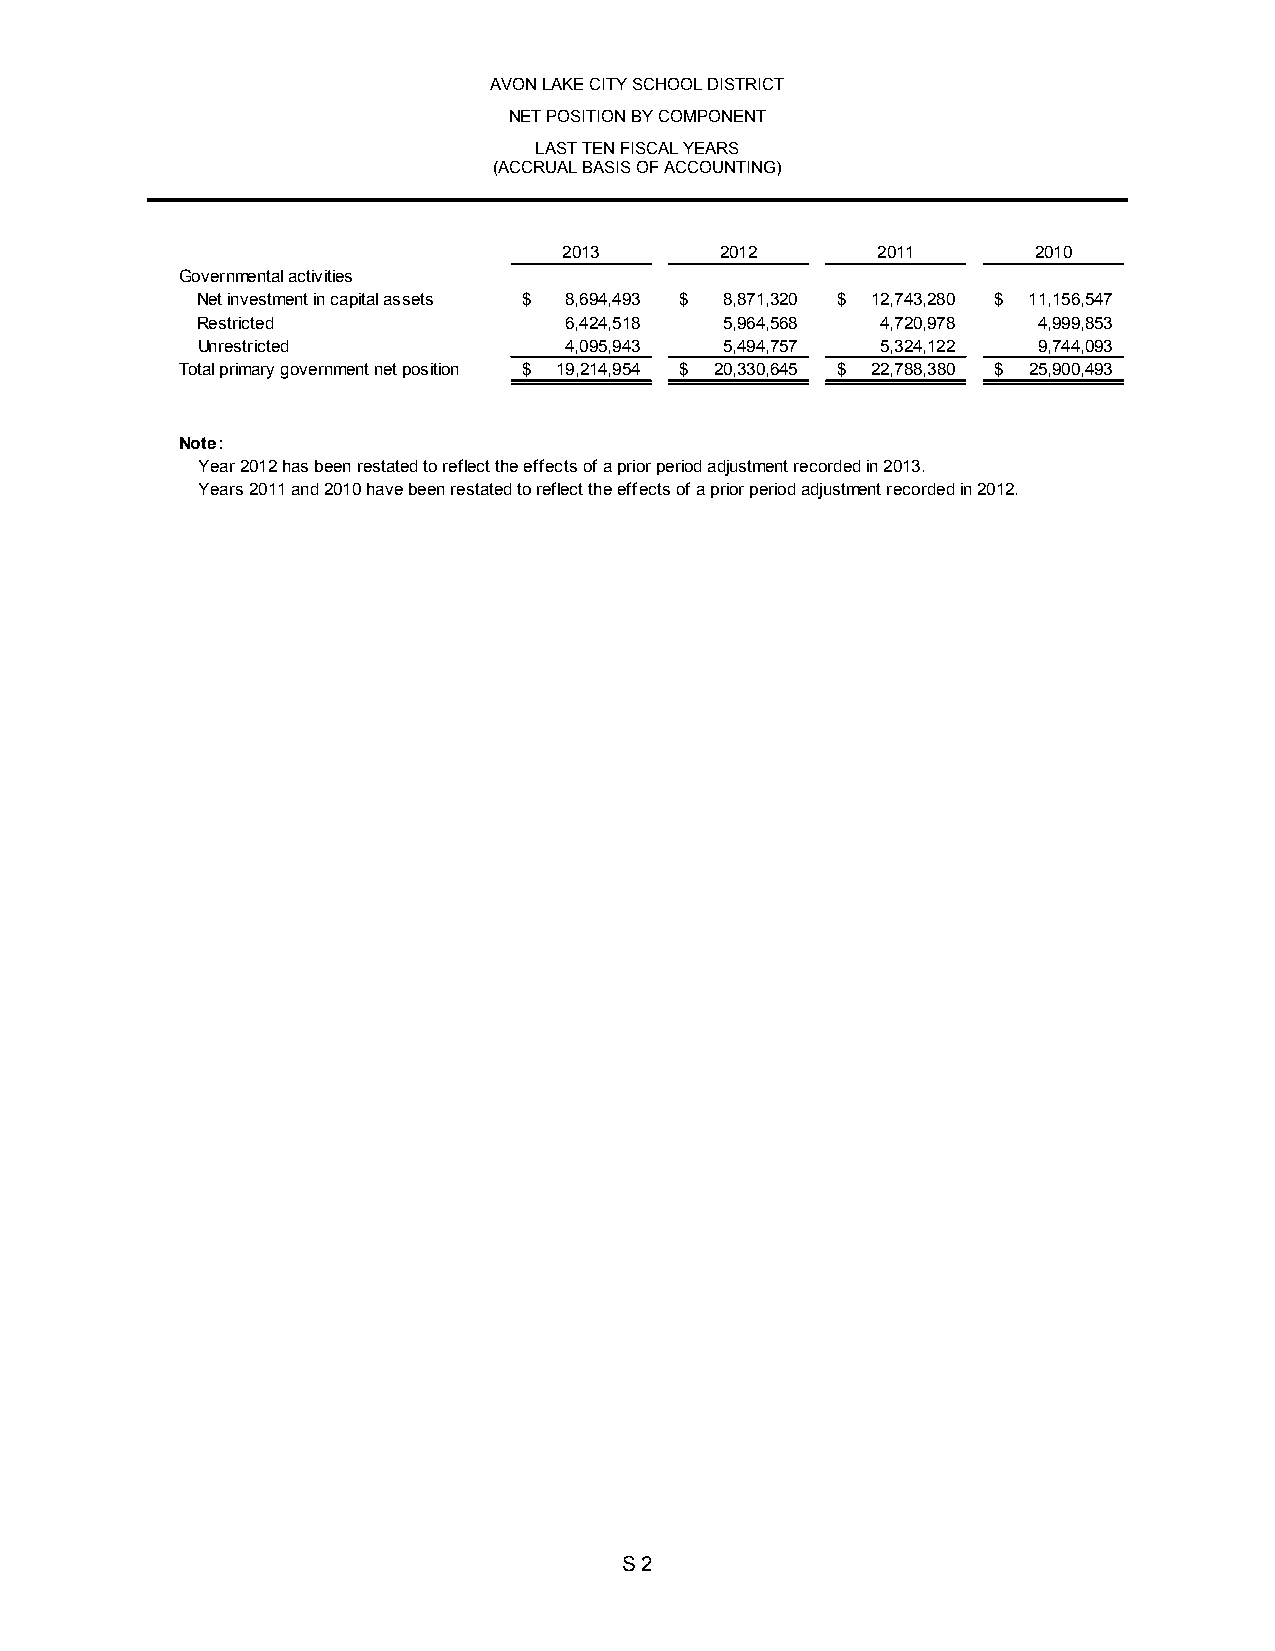
AVON LAKE CITY SCHOOL DISTRICT
 NET POSITION BY COMPONENT
 LAST TEN FISCAL YEARS
 (ACCRUAL BASIS OF ACCOUNTING)
 2013       2012      2011       2010
 Governmental activities
 Net investment in capital assets $ 8,694,493 $ 8,871,320 $ 12,743,280 $ 11,156,547
 Restricted              6,424,518  5,964,568 4,720,978  4,999,853
 Unrestricted            4,095,943  5,494,757 5,324,122  9,744,093
 Total primary government net position $ 19,214,954 $ 20,330,645 $ 22,788,380 $ 25,900,493
 Note:
 Year 2012 has been restated to reflect the effects of a prior period adjustment recorded in 2013.
 Years 2011 and 2010 have been restated to reflect the effects of a prior period adjustment recorded in 2012.
 S 2